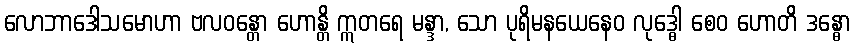
လောဘာဒေါသမောဟာ ဗလဝန္တော ဟောန္တိ ဣတရေ မန္ဒာ, သော ပုရိမနယေနေဝ လုဒ္ဓေါ စေဝ ဟောတိ ဒန္ဓော